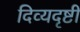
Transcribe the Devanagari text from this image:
दिव्यदृष्टी